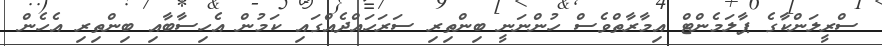
ސްރީލަންކާގެ ޕާލަމެންޓް އިމާރާތްވެސް ހުންނަނީ ބިންތިރި ސަރަހައްދެއްގައި ކަމުން އެހިސާބާއި ބިންތިރި އެހެން